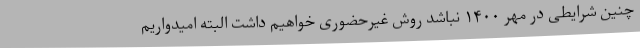
چنین شرایطی در مهر ١۴٠٠ نباشد روش غیرحضوری خواهیم داشت البته امیدواریم